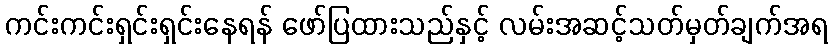
ကင်းကင်းရှင်းရှင်းနေရန် ဖော်ပြထားသည်နှင့် လမ်းအဆင့်သတ်မှတ်ချက်အရ